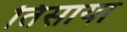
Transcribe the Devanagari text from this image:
तिसाया